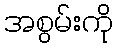
အစွမ်းကို